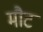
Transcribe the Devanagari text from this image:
मौट